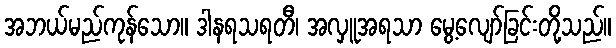
အဘယ်မည်ကုန်သော။ ဒါနရသရတီ၊ အလှူအရသာ မွေ့လျော်ခြင်းတို့သည်။